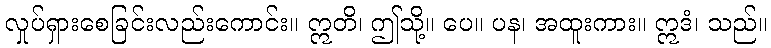
လှုပ်ရှားစေခြင်းလည်းကောင်း။ ဣတိ၊ ဤသို့။ ပေ။ ပန၊ အထူးကား။ ဣဒံ၊ သည်။